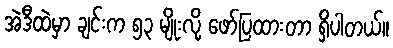
အဲဒီထဲမှာ ချင်းက ၅၃ မျိုးလို့ ဖော်ပြထားတာ ရှိပါတယ်။